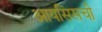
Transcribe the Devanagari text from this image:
आयसिसची